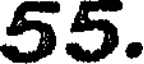
55.